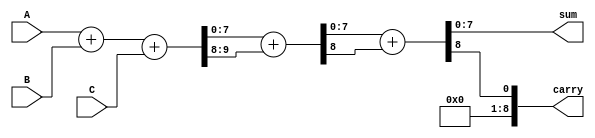
module CarrySaveAdder (
    input [N-1:0] A,  // First input
    input [N-1:0] B,  // Second input
    input [N-1:0] C,  // Third input
    output [N-1:0] sum, // Final sum output
    output [N:0] carry // Final carry output
);
    parameter N = 8; // Bit width

    // Intermediate sums and carries
    wire [N-1:0] sum1, sum2, sum3;
    wire [N:0] carry1, carry2, carry3;

    // Level 1: First group of three inputs
    assign {carry1, sum1} = A + B + C;

    // Level 2: Add the carry from level 1 to the next set of inputs
    // Assuming we have more inputs D, E, F, etc. for the next level
    // For demonstration, we will just use the same inputs again
    assign {carry2, sum2} = sum1 + carry1; // Example of cascading

    // Level 3: Final addition stage
    // Here we would typically add the final carry and sum outputs
    assign {carry3, sum3} = sum2 + carry2;

    // Final outputs
    assign sum = sum3;
    assign carry = carry3;

endmodule